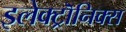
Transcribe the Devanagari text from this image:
इलेक्ट्रॊनिक्स